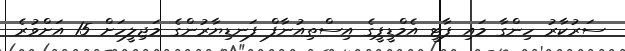
ސަރުކާރު ހިންގާ މައި ޕާޓީ އެމްޑީޕީގެ އިސްތިއުނާފް ފަނޑިޔާރުންގެ މަޖިލީހަށް 15 އަށްވުރެ